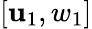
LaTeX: [\mathbf{u}_{1},w_{1}]